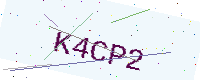
Text: K4CP2